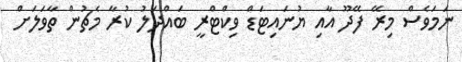
ނަމަވެސް މިރޭ ފޭދޫ އާއި ޔުނައިޓަޑް ވިކްޓްރީ ބައްދަލު ކުރާ މެޗުން ތާވަލަށް